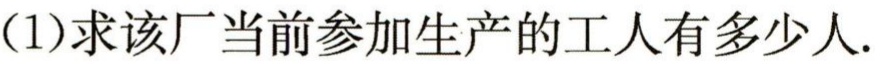
(1)求该厂当前参加生产的工人有多少人.